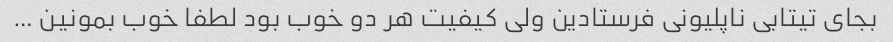
بجای تیتابی ناپلیونی فرستادین ولی کیفیت هر دو خوب بود لطفا خوب بمونین …